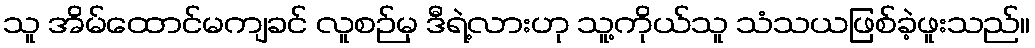
သူ အိမ်ထောင်မကျခင် လူစဉ်မှ ဒီရဲ့လားဟု သူ့ကိုယ်သူ သံသယဖြစ်ခဲ့ဖူးသည်။